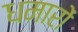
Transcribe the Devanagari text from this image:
धमारों